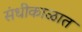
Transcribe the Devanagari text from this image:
संधीकाळात